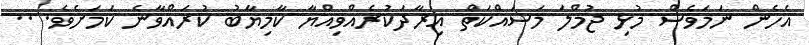
އެހެން ނަމަވެސް މުޅި ޖުމްލަ މަސައްކަތް އިރާދަކުރެއްވިއްޔާ ކާމިޔާބު ކުރައްވާނެ ކަމަށެވެ. ..